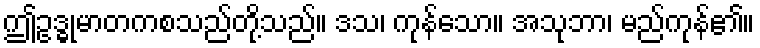
ဤဥဒ္ဓုမာတကစသည်တို့သည်။ ဒသ၊ ကုန်သော။ အသုဘာ၊ မည်ကုန်၏။